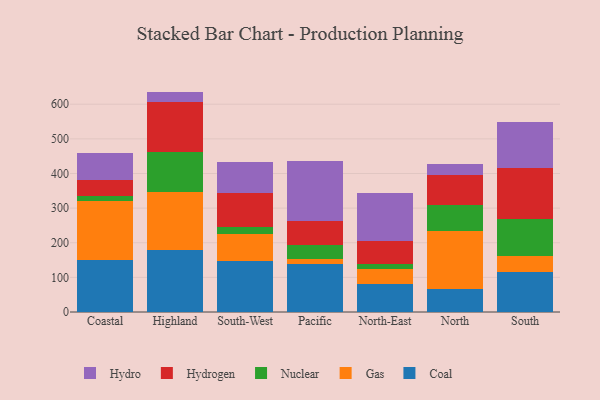
{"axis": {"x": "Region", "y": "Conversion Rate (%)"}, "legend": ["Coal", "Gas", "Hydro", "Hydrogen", "Nuclear"], "data": [{"x": "Coastal", "y": 150.2, "type": "Coal"}, {"x": "Coastal", "y": 170.2, "type": "Gas"}, {"x": "Coastal", "y": 15.7, "type": "Nuclear"}, {"x": "Coastal", "y": 44.6, "type": "Hydrogen"}, {"x": "Coastal", "y": 78.7, "type": "Hydro"}, {"x": "Highland", "y": 177.6, "type": "Coal"}, {"x": "Highland", "y": 169.6, "type": "Gas"}, {"x": "Highland", "y": 114.3, "type": "Nuclear"}, {"x": "Highland", "y": 145.9, "type": "Hydrogen"}, {"x": "Highland", "y": 29.0, "type": "Hydro"}, {"x": "South-West", "y": 146.7, "type": "Coal"}, {"x": "South-West", "y": 79.7, "type": "Gas"}, {"x": "South-West", "y": 19.1, "type": "Nuclear"}, {"x": "South-West", "y": 98.1, "type": "Hydrogen"}, {"x": "South-West", "y": 90.8, "type": "Hydro"}, {"x": "Pacific", "y": 138.1, "type": "Coal"}, {"x": "Pacific", "y": 15.0, "type": "Gas"}, {"x": "Pacific", "y": 41.1, "type": "Nuclear"}, {"x": "Pacific", "y": 68.5, "type": "Hydrogen"}, {"x": "Pacific", "y": 172.3, "type": "Hydro"}, {"x": "North-East", "y": 80.1, "type": "Coal"}, {"x": "North-East", "y": 44.5, "type": "Gas"}, {"x": "North-East", "y": 14.0, "type": "Nuclear"}, {"x": "North-East", "y": 66.9, "type": "Hydrogen"}, {"x": "North-East", "y": 137.7, "type": "Hydro"}, {"x": "North", "y": 66.2, "type": "Coal"}, {"x": "North", "y": 166.6, "type": "Gas"}, {"x": "North", "y": 74.9, "type": "Nuclear"}, {"x": "North", "y": 87.1, "type": "Hydrogen"}, {"x": "North", "y": 33.9, "type": "Hydro"}, {"x": "South", "y": 115.9, "type": "Coal"}, {"x": "South", "y": 44.8, "type": "Gas"}, {"x": "South", "y": 106.8, "type": "Nuclear"}, {"x": "South", "y": 147.8, "type": "Hydrogen"}, {"x": "South", "y": 134.6, "type": "Hydro"}]}